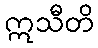
ဣသီတိ